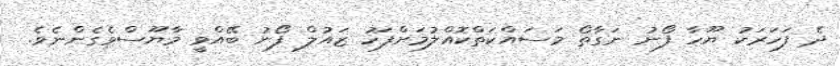
ދެ ފަހަރަކު ޔޫހާ ފޯނު ނަގާތޯ މަސައްކަތްކޮއްލުމަށްފަހު ޒައުލް ފޯނު ބޭއްވީ މާޔޫސްވެގެންނެވެ.